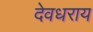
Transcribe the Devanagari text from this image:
देवधराय